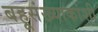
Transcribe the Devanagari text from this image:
बहूसंख्याकांशी